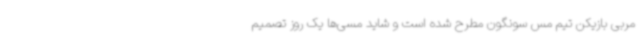
مربی بازیکن تیم مس سونگون مطرح شده است و شاید مسی‌ها یک روز تصمیم